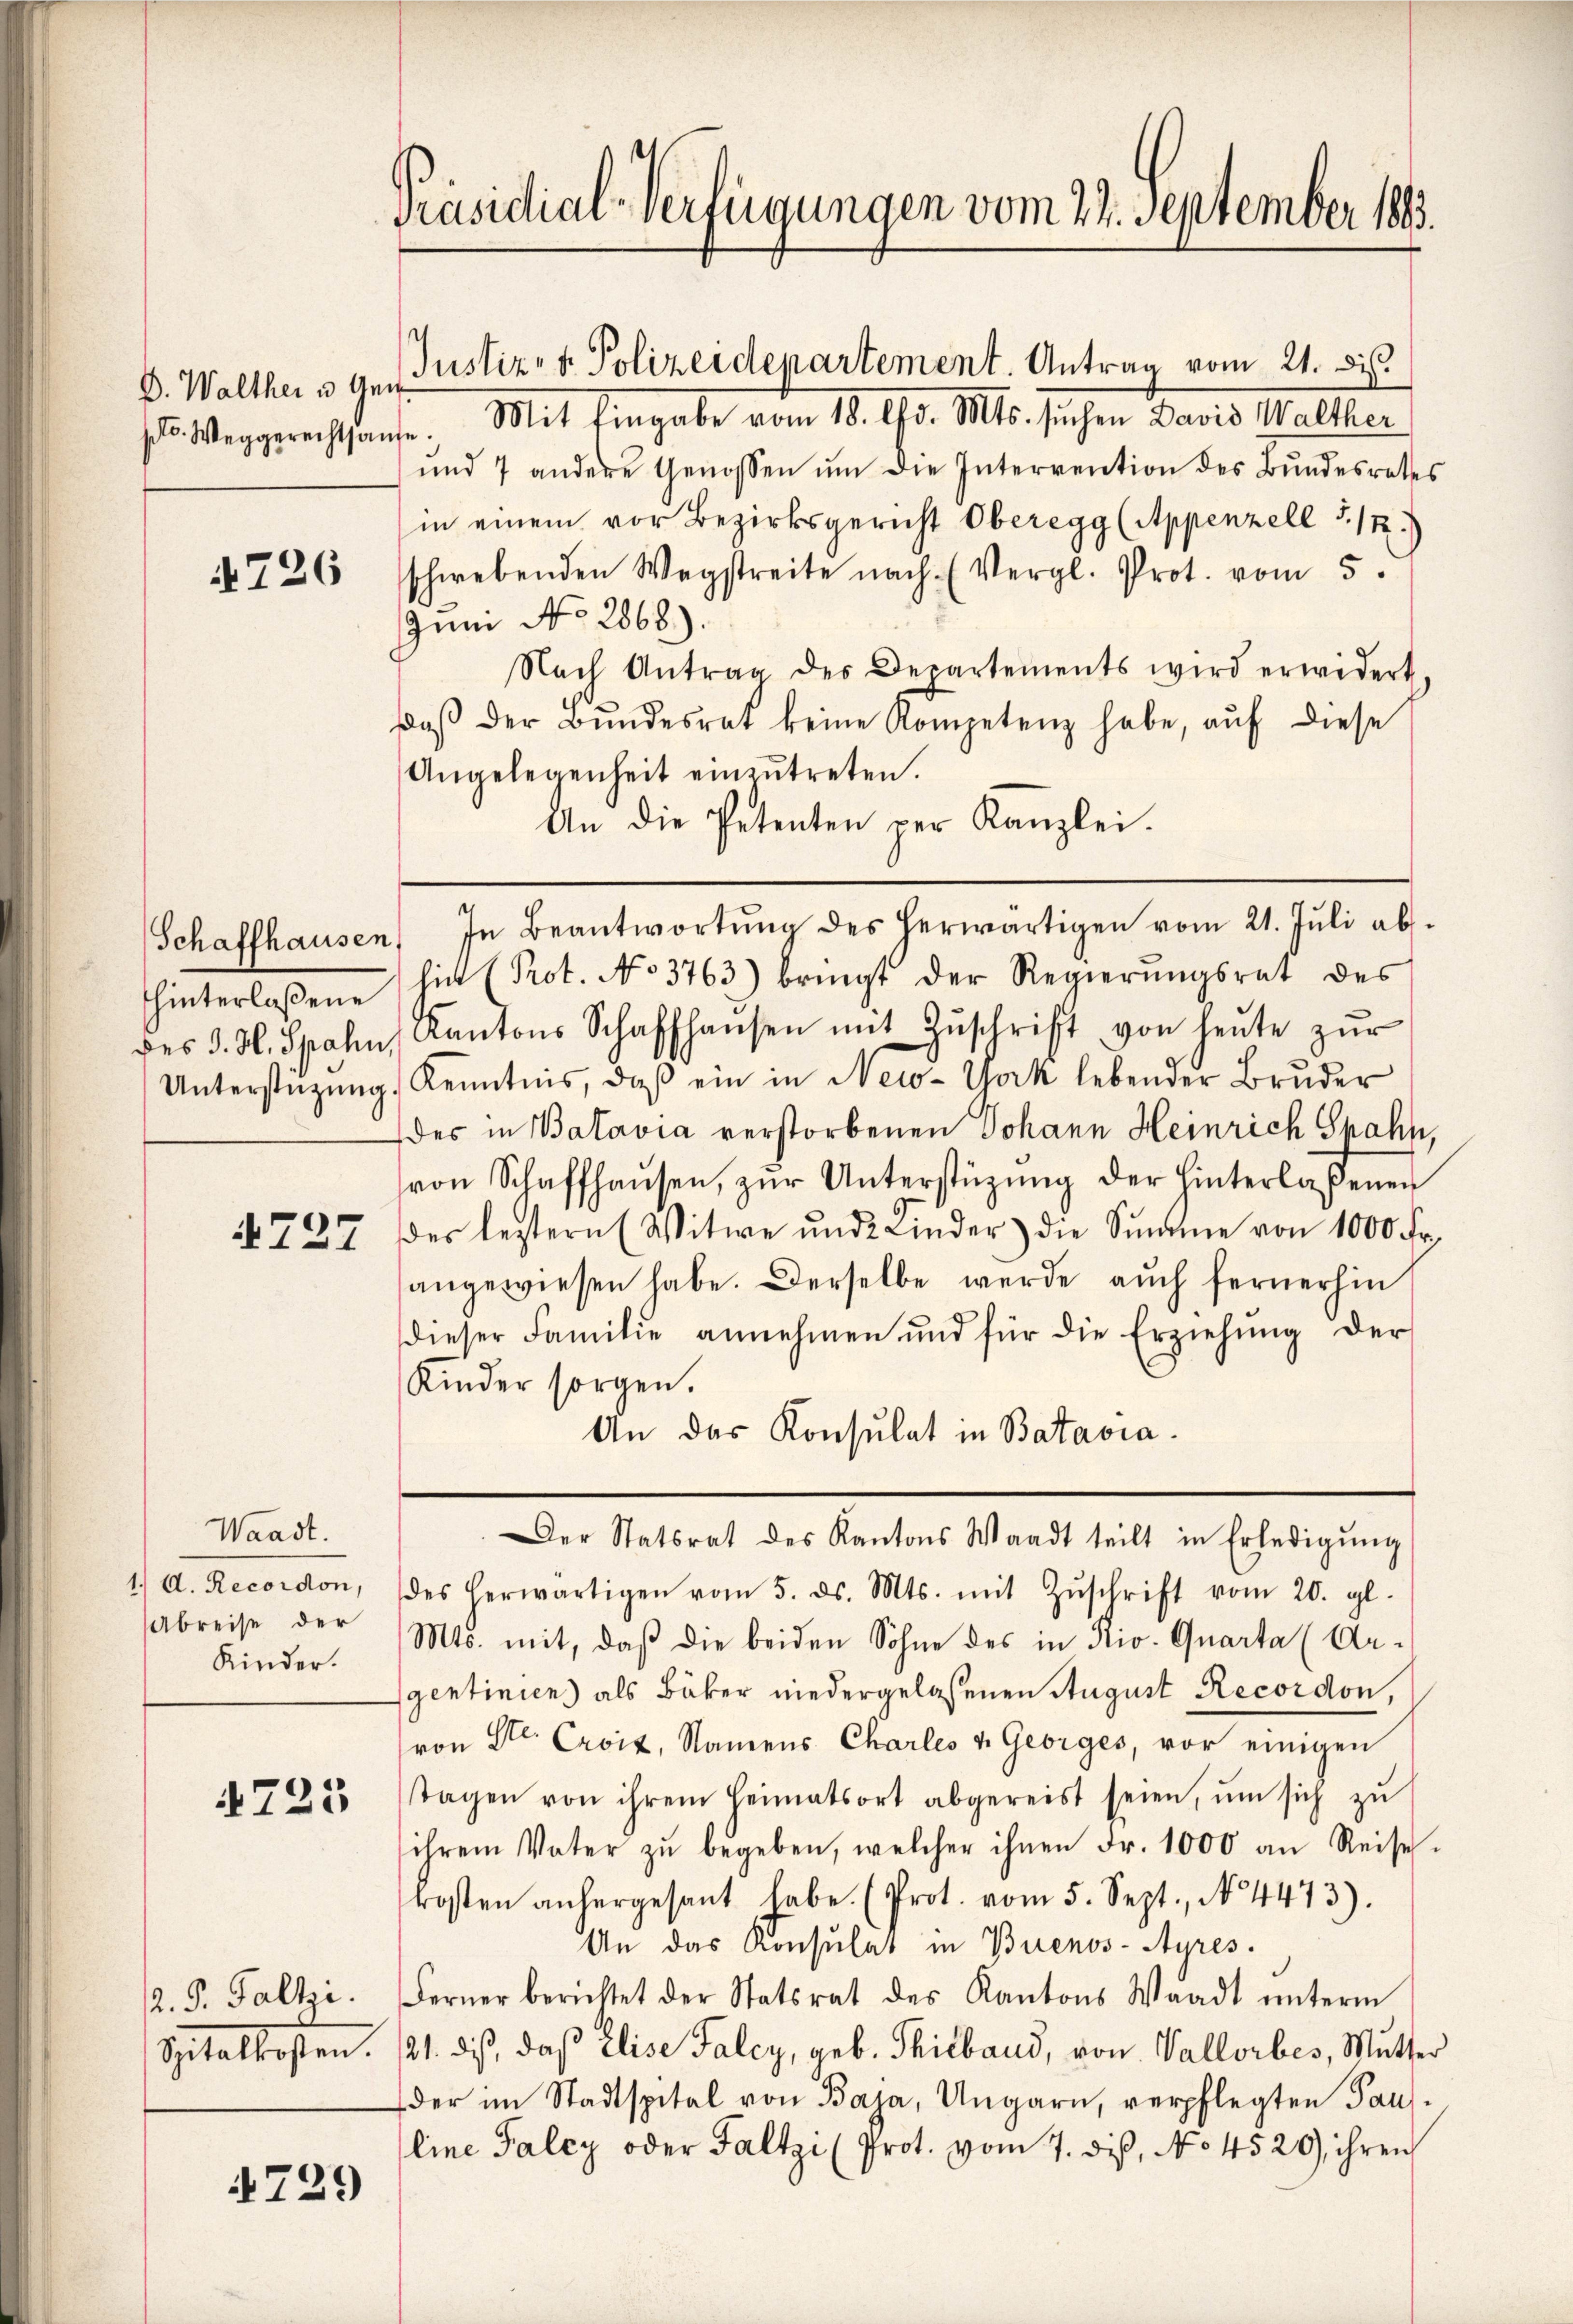
D. Walther u. Gen
plo. Weggerechtsan

4726

Schaffhausen,
hinterlaßene
des J. H. Spahn,
Unterstüzung.

Waadt.
1.) D. Recordon,
Abreise der
Kinder.

725

. P. Faltzi.
Eiteltesten.

729

Präsidial-Verfügungen vom 22. September 1883.

4

Justiz- & Polizeidepartement. Antrag vom 21. di
se. Mit Eingabe vom 18. d. Mts. suchen David Walther
und 7 andere Genossen ŭm die Intervention des Bŭndesrates
in einem vor Bezirksgericht Oberegg (Appenzell § 122.)
schwebenden Wegstreite nach. (Vergl. Prot. vom 5.
Juni No 2868).
Nach Antrag des Departements wird erwidert.
daβ der Bŭndesrat keine Kompetenz habe, aŭf diese
Angelegenheit einzŭtreten.
An die Petenten per Kanzlei.
In Beantwortŭng des herwärtigen vom 21. Jŭli ab.
lin (Prot. No 3763) bringt der Regierŭngsrat des
Kantons Schaffhausen mit Zŭschrift von heŭte zŭr
Kenntnis, daß ein in New-York lebender Bruder
des in Batavia verstorbenen Johann Heinrich Spahn,
von Schaffhaŭsen, zŭr Unterstützŭng der hinterlaßenen
N 727 des leztern (Witwe ŭnd Kinder) die Sŭmme von 1000 Fr.
sangewiesen habe. Derselbe werde aŭch fernerhin
dieser Familie annehmen und für die Erziehŭng der
Kinder sorgen.
An das Konsulat in Batavia
Der Statsrat des Kantons Waadt teilt in Erledigŭng
des herwärtigen vom 5. ds. Mts. mit Zŭschrift vom 20. gl.
Mts. mit, daß die beiden Sohne des in Rio. Quarta (Argentiniens als Bäker niedergelassenen August Recordon,
von Str. Croix, Namens Charles v. Georges, vor einigen
tagen von ihrem Heimatsort abgereist seien, ŭm sich zŭ
ihrem Vater zŭ begeben, welcher ihnen Fr. 1000 an Reise
kosten anhergesant habe. (Prot. vom 5. Sept., N. 4473).
An das Konsulat in Buenos-Ayres.
Ferner berichtet der Statsrat des Kantons Waadt ŭnterm
21. dies, daß Elise Falcy, geb. Thiband, von Vallorbes, Mutter
der im Stadtspital von Baja, Ungarn, verpflegten Pausline Falcy oder Faltzi (Prot. vom 7. diβ, No 4520 ihren